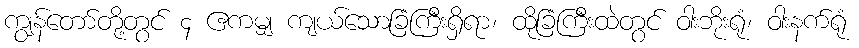
ကျွန်တော်တို့တွင် ၄ ဧကမျှ ကျယ်သောခြံကြီးရှိရာ၊ ထိုခြံကြီးထဲတွင် ဝါးဘိုးရုံ၊ ဝါးနက်ရုံ